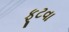
ફૂટવા